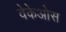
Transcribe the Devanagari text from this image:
वेकेओस